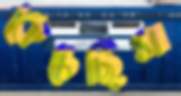
কেচেছিস